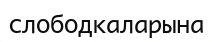
слободкаларына